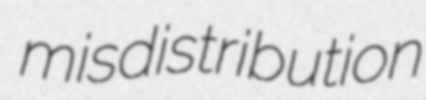
misdistribution